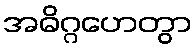
အဓိဂ္ဂဟေတွာ